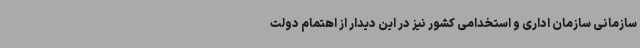
سازمانی سازمان اداری و استخدامی کشور نیز در این دیدار از اهتمام دولت